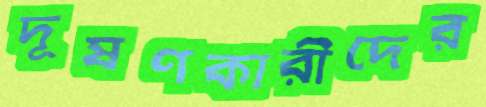
দূষণকারীদের